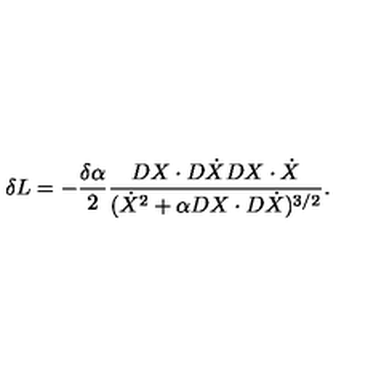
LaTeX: \delta L = - { \frac { \delta \alpha } { 2 } } { \frac { D X \cdot D \dot { X } D X \cdot \dot { X } } { ( \dot { X } ^ { 2 } + \alpha D X \cdot D \dot { X } ) ^ { 3 / 2 } } } .